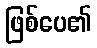
ဖြစ်ပေ၏